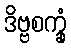
ဒိဗ္ဗစက္ခုံ